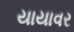
યાયાવર